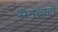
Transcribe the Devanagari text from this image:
सेनट्राले